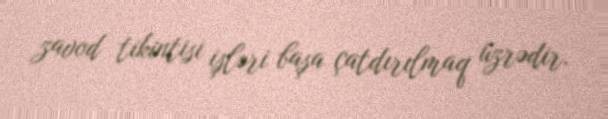
zavod tikintisi işləri başa çatdırılmaq üzrədir.